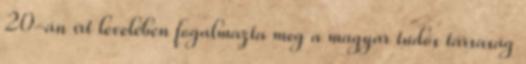
20-án írt levelében fogalmazta meg a magyar tudós társaság